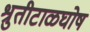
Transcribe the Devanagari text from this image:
श्रुतीटाळघोष